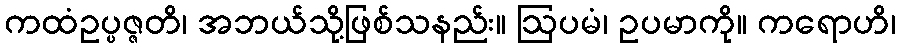
ကထံဥပ္ပဇ္ဇတိ၊ အဘယ်သို့ဖြစ်သနည်း။ ဩပမံ၊ ဥပမာကို။ ကရောဟိ၊